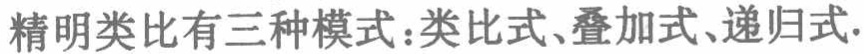
精明类比有三种模式：类比式、叠加式、递归式.